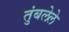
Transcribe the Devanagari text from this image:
तुंबलेले